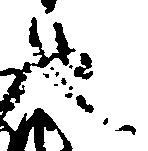
也